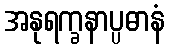
အနုရက္ခနာပ္ပဓာနံ